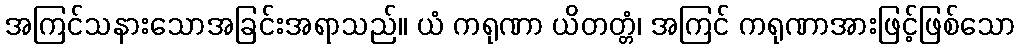
အကြင်သနားသောအခြင်းအရာသည်။ ယံ ကရုဏာ ယိတတ္တံ၊ အကြင် ကရုဏာအားဖြင့်ဖြစ်သော